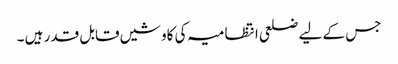
جس کے لیے ضلعی انتظامیہ کی کاوشیں قابل قدر ہیں ۔